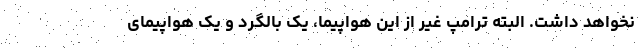
نخواهد داشت. البته ترامپ غیر از این هواپیما، یک بالگرد و یک هواپیمای